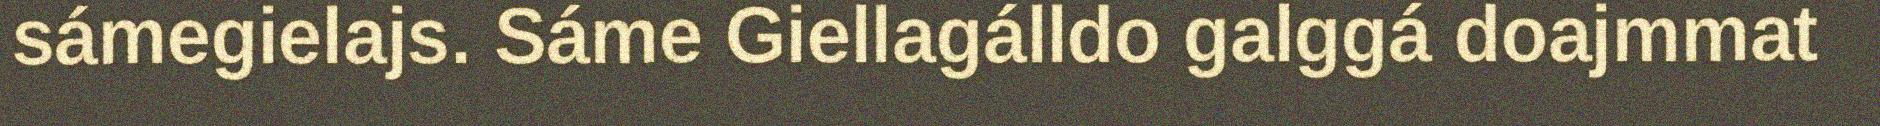
sámegielajs. Sáme Giellagálldo galggá doajmmat